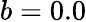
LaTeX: b=0.0